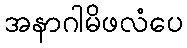
အနာဂါမိဖလံပေ